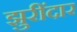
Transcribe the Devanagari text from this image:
झुरींदार